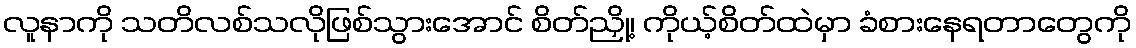
လူနာကို သတိလစ်သလိုဖြစ်သွားအောင် စိတ်ညှို့၊ ကိုယ့်စိတ်ထဲမှာ ခံစားနေရတာတွေကို